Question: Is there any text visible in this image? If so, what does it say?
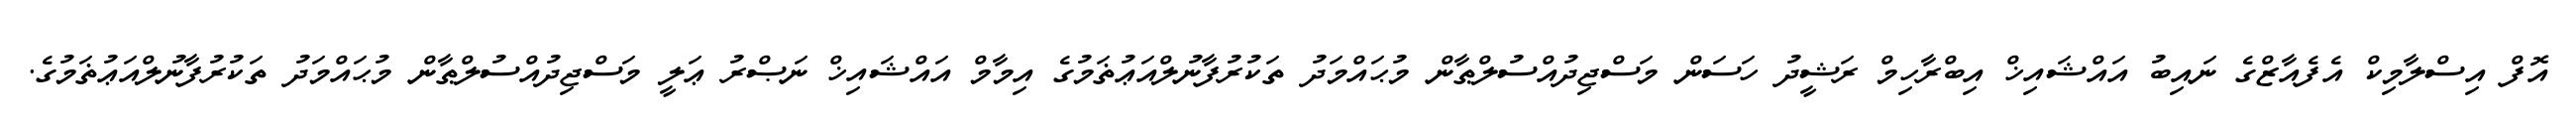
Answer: އޮފް އިސްލާމިކް އެފެއާޒްގެ ނައިބު އައްޝައިޚް އިބްރާހިމް ރަޝީދު ހަސަން މަސްޖިދުއްސުލްޠާން މުޙައްމަދު ތަކުރުފާނުލްއަޢުޡަމުގެ އިމާމް އައްޝައިޚް ނަޞްރު ޢަލީ މަސްޖިދުއްސުލްޠާން މުޙައްމަދު ތަކުރުފާނުލްއަޢުޡަމުގެ.